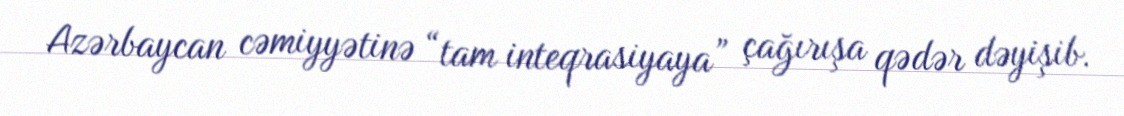
Azərbaycan cəmiyyətinə “tam inteqrasiyaya” çağırışa qədər dəyişib.